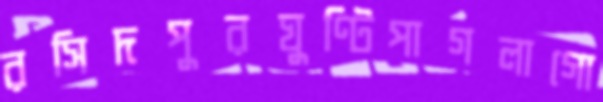
রসিদপুরঘুণ্টিপাগলাগো